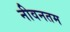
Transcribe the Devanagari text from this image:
नीवनतम